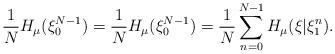
LaTeX: \begin{align*}\frac{1}{N}H_\mu(\xi_0^{N-1})=\frac{1}{N}H_\mu(\xi_0^{N-1})=\frac1N \sum_{n=0}^{N-1} H_\mu(\xi|\xi_1^n).\end{align*}